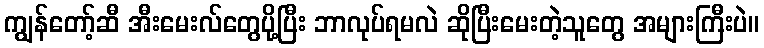
ကျွန်တော့်ဆီ အီးမေးလ်တွေပို့ပြီး ဘာလုပ်ရမလဲ ဆိုပြီးမေးတဲ့သူတွေ အများကြီးပဲ။